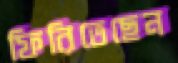
ফিরিতেছেন